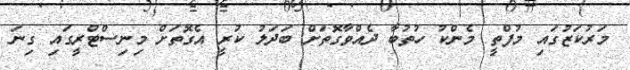
މަރުކަޒުގައި މުފްތީ މެންކު ހުތުބާ ދެއްވާގޮތަށް ބަަދަލު ކުރީ އެގޮތަށް މިނިސްޓްރީގައި ގިނަ